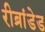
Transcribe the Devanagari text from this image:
रीब्रांडेड